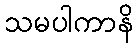
သမပါကာနိ